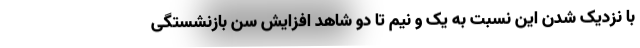
با نزدیک شدن این نسبت به یک و نیم تا دو شاهد افزایش سن بازنشستگی